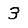
Digit: 3